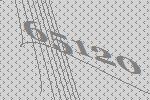
65120